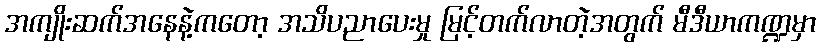
အကျိုးဆက်အနေနဲ့ကတော့ အသိပညာပေးမှု မြင့်တက်လာတဲ့အတွက် မီဒီယာကဏ္ဍမှာ